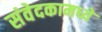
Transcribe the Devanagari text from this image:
संवेदकामध्ये